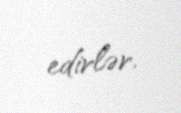
edirlər.